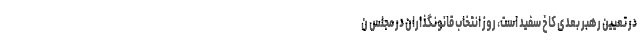
در تعیین رهبر بعدی کاخ سفید است، روز انتخاب قانونگذاران در مجلس ن